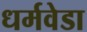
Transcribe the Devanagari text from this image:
धर्मवेडा